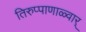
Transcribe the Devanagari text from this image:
तिरुप्पाणाळ्वार्